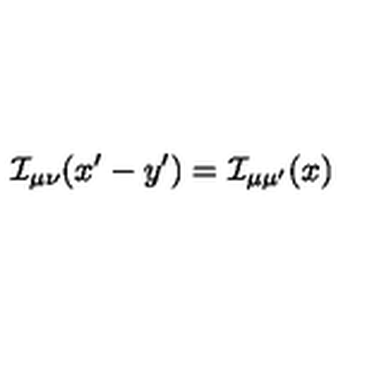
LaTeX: { \cal I } _ { \mu \nu } ( x ^ { \prime } - y ^ { \prime } ) = { \cal I } _ { \mu \mu ^ { \prime } } ( x )